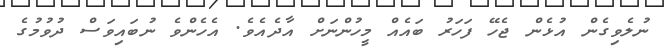
ނުލެވިގެން އުޅެން ޖެހޭ ފަހަރު ބައެއް މީހުންނަށް އާދެއެވެ. އެހެންވެ ނުބައިވަސް ދުވުމުގެ